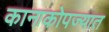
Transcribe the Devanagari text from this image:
कानाकोपज्यात